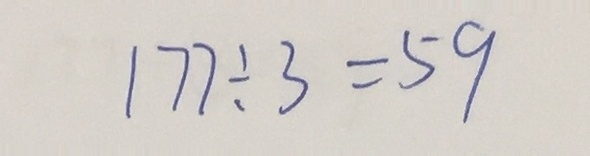
1 7 7 \div 3 = 5 9